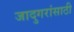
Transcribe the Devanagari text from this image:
जादुगरांसाठी